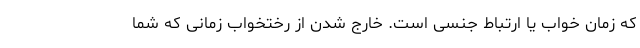
که زمان خواب یا ارتباط جنسی است. خارج شدن از رختخواب زمانی که شما